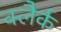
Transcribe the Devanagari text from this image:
क्लैर्क